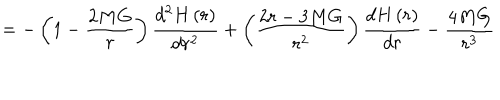
LaTeX: = - \left( 1 - \frac { 2 M G } { r } \right) \frac { d ^ { 2 } H \left( r \right) } { d r ^ { 2 } } + \left( \frac { 2 r - 3 M G } { r ^ { 2 } } \right) \frac { d H \left( r \right) } { d r } - \frac { 4 M G } { r ^ { 3 } }